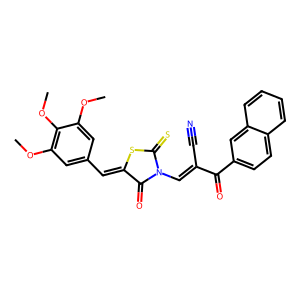
SMILES: COc1cc(C=C2SC(=S)N(C=C(C#N)C(=O)c3ccc4ccccc4c3)C2=O)cc(OC)c1OC
Inhibits HIV replication: No